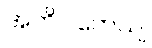
အတိပါတေယျ